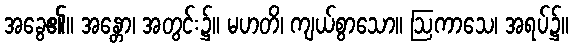
အခွေ၏။ အန္တော၊ အတွင်း၌။ မဟတိ၊ ကျယ်စွာသော။ ဩကာသေ၊ အရပ်၌။